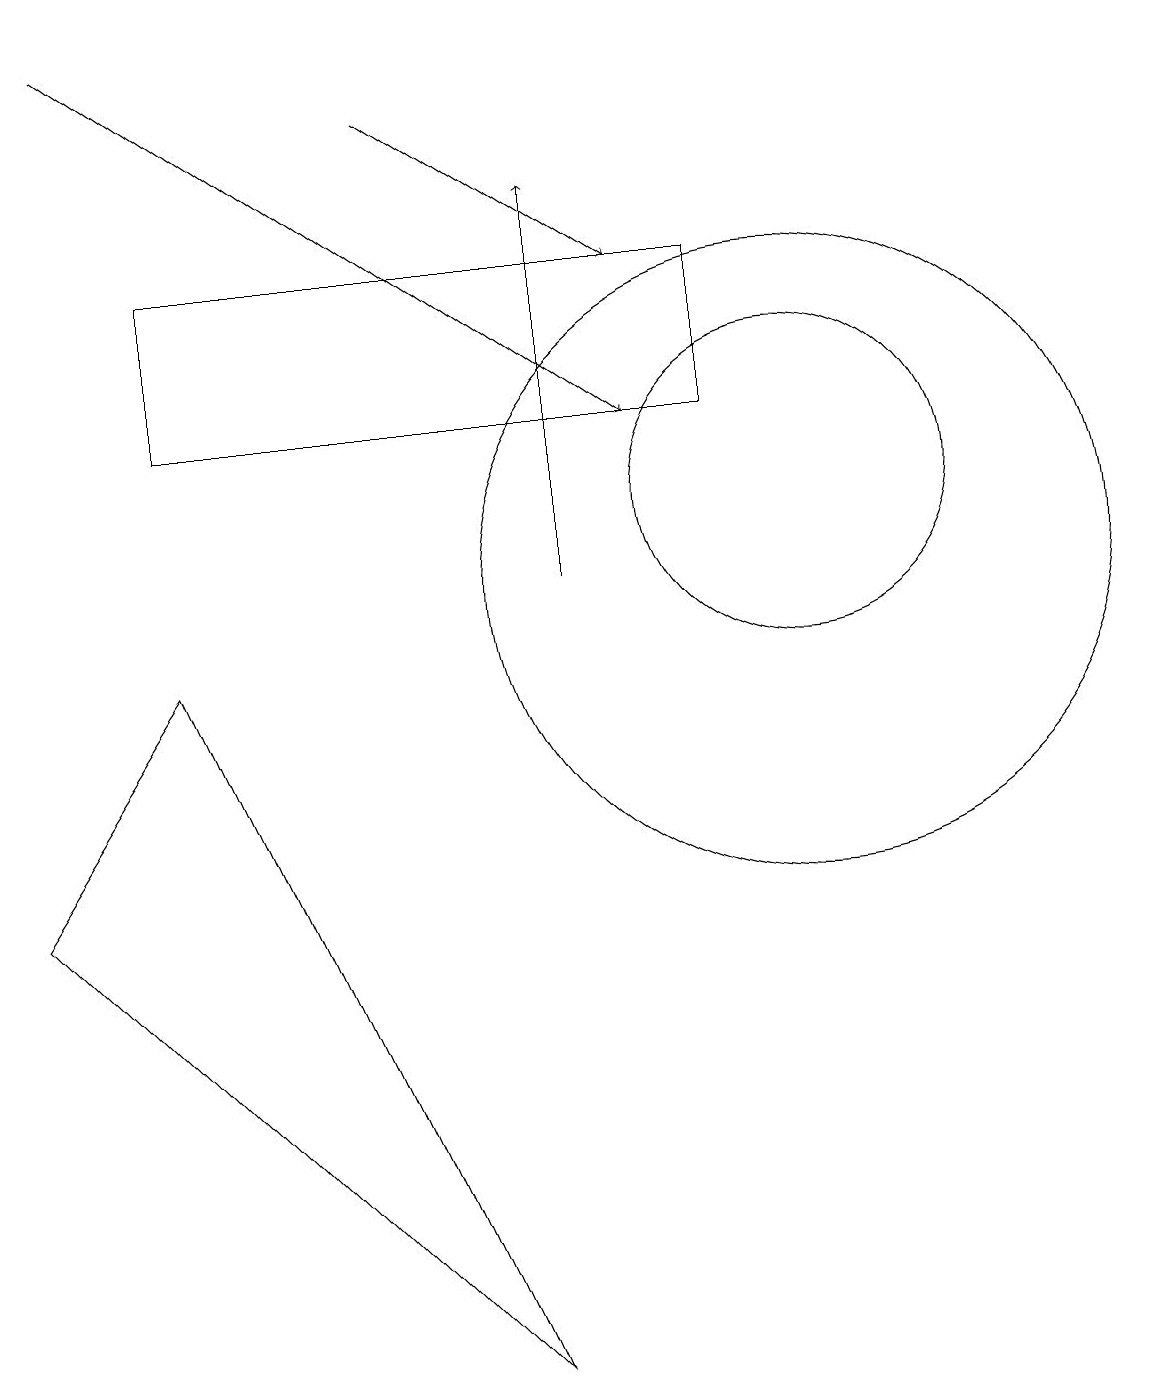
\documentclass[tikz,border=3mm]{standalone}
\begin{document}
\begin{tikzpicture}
\draw (10,11) circle (2);
\draw[->] (1,17) -- (8,12);
\draw[->] (5,16) -- (8,14);
\draw (2,9) -- (6,0) -- (0,6) -- cycle;
\draw (10,10) circle (4);
\draw (2,14) rectangle (9,12);
\draw[->] (7,10) -- (7,15);
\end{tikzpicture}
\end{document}